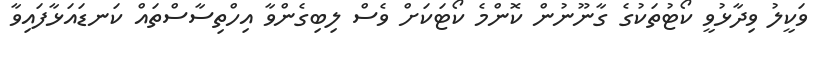
ވަކީލު ވިދާޅުވީ ކޯޓުތަކުގެ ގާނޫނުން ކޮންމެ ކޯޓަކަށް ވެސް ލިބިގެންވާ އިހްތިސާސްތައް ކަނޑައަޅާފައިވާ